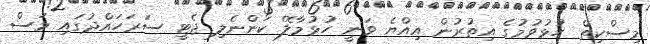
މިސްކިތް ހުޅުވުމުގެ އިތުރުން އިއްޔެ ވަނީ ހުޅުމާލޭ ކަންނެލި ޖެޓީ ސަރަހައްދުގައި މަސް